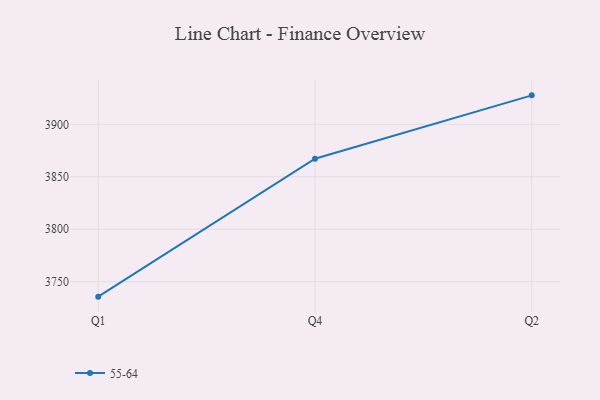
{"axis": {"x": "Quarter", "y": "Net Income (USD K)"}, "legend": ["55-64"], "data": [{"x": "Q1", "y": 3735.7, "type": "55-64"}, {"x": "Q4", "y": 3867.2, "type": "55-64"}, {"x": "Q2", "y": 3927.6, "type": "55-64"}]}